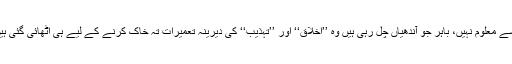
کسے معلوم نہیں، باہر جو آندھیاں چل رہی ہیں وہ ’’اخلاق‘‘ اور ’’تہذیب‘‘ کی دیرینہ تعمیرات تہِ خاک کرنے کے لیے ہی اٹھائی گئی ہیں۔